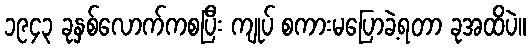
၁၉၄၃ ခုနှစ်လောက်ကစပြီး ကျုပ် စကားမပြောခဲ့ရတာ ခုအထိပဲ။